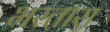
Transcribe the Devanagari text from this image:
भरतारा